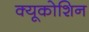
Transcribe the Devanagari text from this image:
क्यूकोशिन